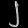
Digit: ၂